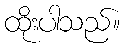
ထိုးပါသည်။